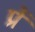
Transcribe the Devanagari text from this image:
प्रें